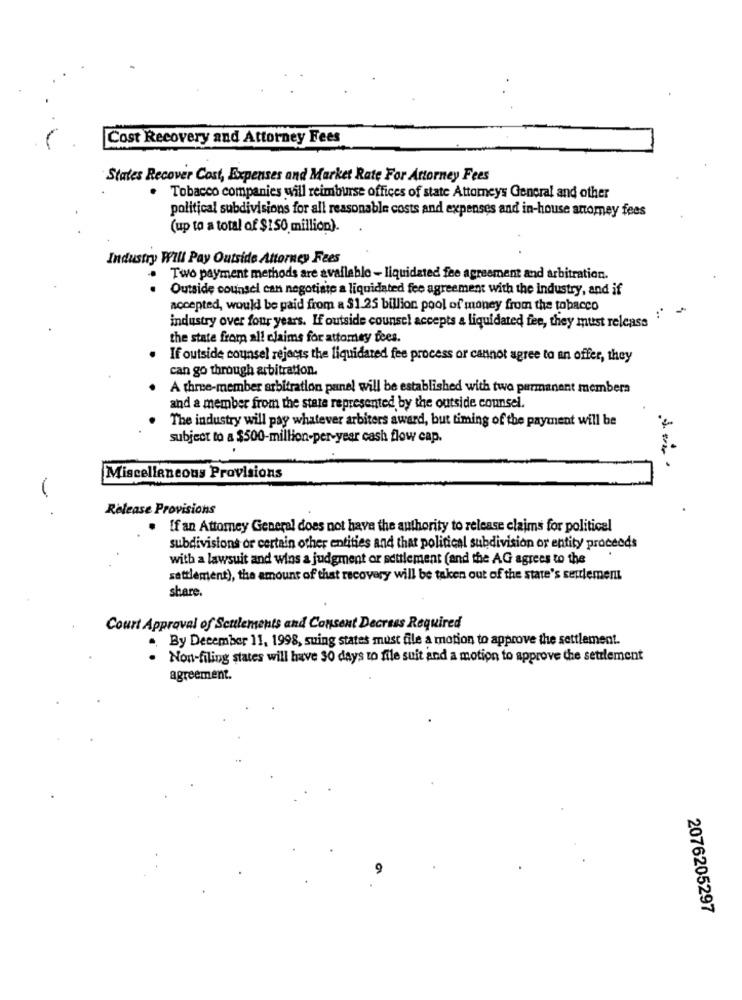
Cost Recovery and Attorney Fees
States Recover Cost, Expenses and Market Rate For Attorney Fees
Tobacco companies will reimburse offices of state Attomeys General and other
political subdivisions for all reasonable costs and expenses and in-house attorney fees
(up to a total of $150 million).
Industry Will Pay Outside Attorney Fees
Two payment methods are available - liquidated fee agreement and arbitration.
. .
Outside counsel can negotiate a liquidated fee agreement with the industry, and if
accepted, would be paid from a $1.25 billion pool of money from the tobacco
industry over four years. If outside counsel accepts a liquidated fee, they must release
the state from all claims for attomey fees.
If outside counsel rejects the liquidated fee process or cannot agree to an offer, they
can go through arbitration.
A three-member arbitration panel will be established with two permanent membera
and a member from the state represented by the outside counsel.
The industry will pay whatever arbiters award, but timing of the payment will be
subject to a $500-million-per-year cash flow cap.
Miscellaneous Provisions
Release Provisions
If an Attorney General does not have the authority to release claims for political
subdivisions or certain other entities and that political subdivision or entity proceeds
with a lawsuit and wins a judgment or settlement (and the AG agrees to the
settlement), the amount of that recovery will be taken out of the state's seulement
share.
Court Approval of Sculements and Consent Decress Required
.. By December 11, 1998, swing states must file a motion to approve the settlement.
Non-filing states will have 30 days to file suit and a motion to approve the settlement
agreement.
2076205297